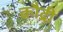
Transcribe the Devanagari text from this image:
कौद्री